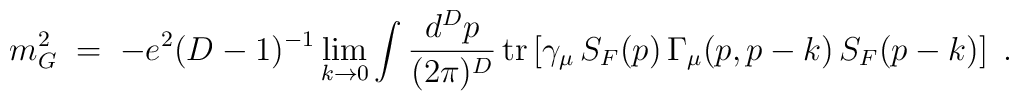
m^2_G \;=\; - e^2  (D-1)^{-1} \lim_{k\to0}  \int \frac{d^Dp}{(2\pi)^D}\, {\rm tr} \left[ \gamma_\mu \, S_F(p) \, \Gamma_\mu(p,p-k) \, S_F(p-k) \right]\;.